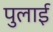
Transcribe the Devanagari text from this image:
पुलाई